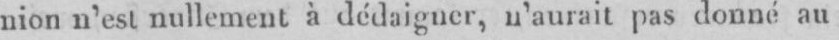
nion n’est nullement à dédaigner, n’aurait pas donné au